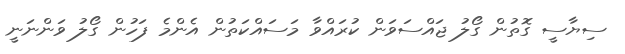
ސިޔާސީ ގޮތުން ގޯލު ޖައްސަވަން ކުރައްވާ މަސައްކަތުން އެންމެ ފަހުން ގޯލު ވަންނަނީ